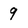
Character: 9